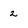
Character: 2